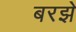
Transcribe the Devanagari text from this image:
बरझे